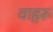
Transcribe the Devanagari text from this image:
वाहरू